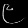
Digit: ၉